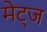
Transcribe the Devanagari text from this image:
मेट्ज